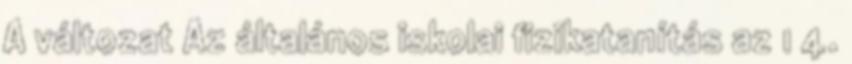
A változat Az általános iskolai fizikatanítás az 1 4.